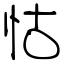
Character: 怙